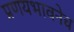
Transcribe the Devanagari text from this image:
प्रणयभावनेच